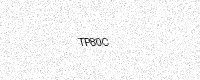
Text: TP80C